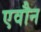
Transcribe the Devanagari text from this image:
एवौन